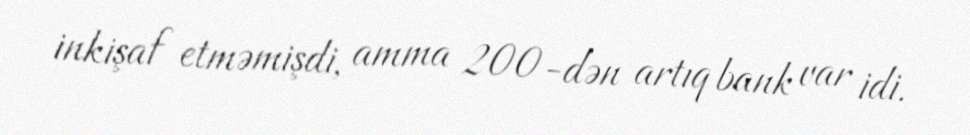
inkişaf etməmişdi, amma 200-dən artıq bank var idi.